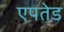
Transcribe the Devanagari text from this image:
एपतेड